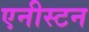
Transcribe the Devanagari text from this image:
एनीस्टन